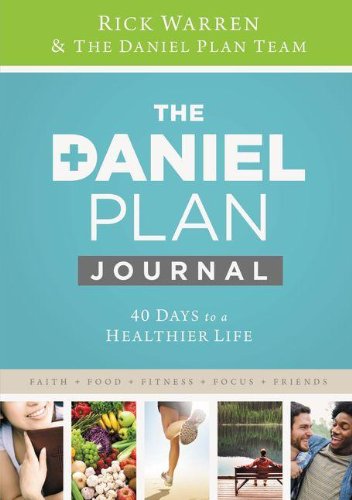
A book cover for Daniel Plan Journal: 40 Days to a Healthier Life (The Daniel Plan); Rick Warren; Christian Books & Bibles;